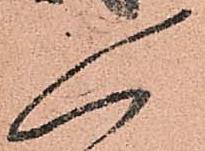
人